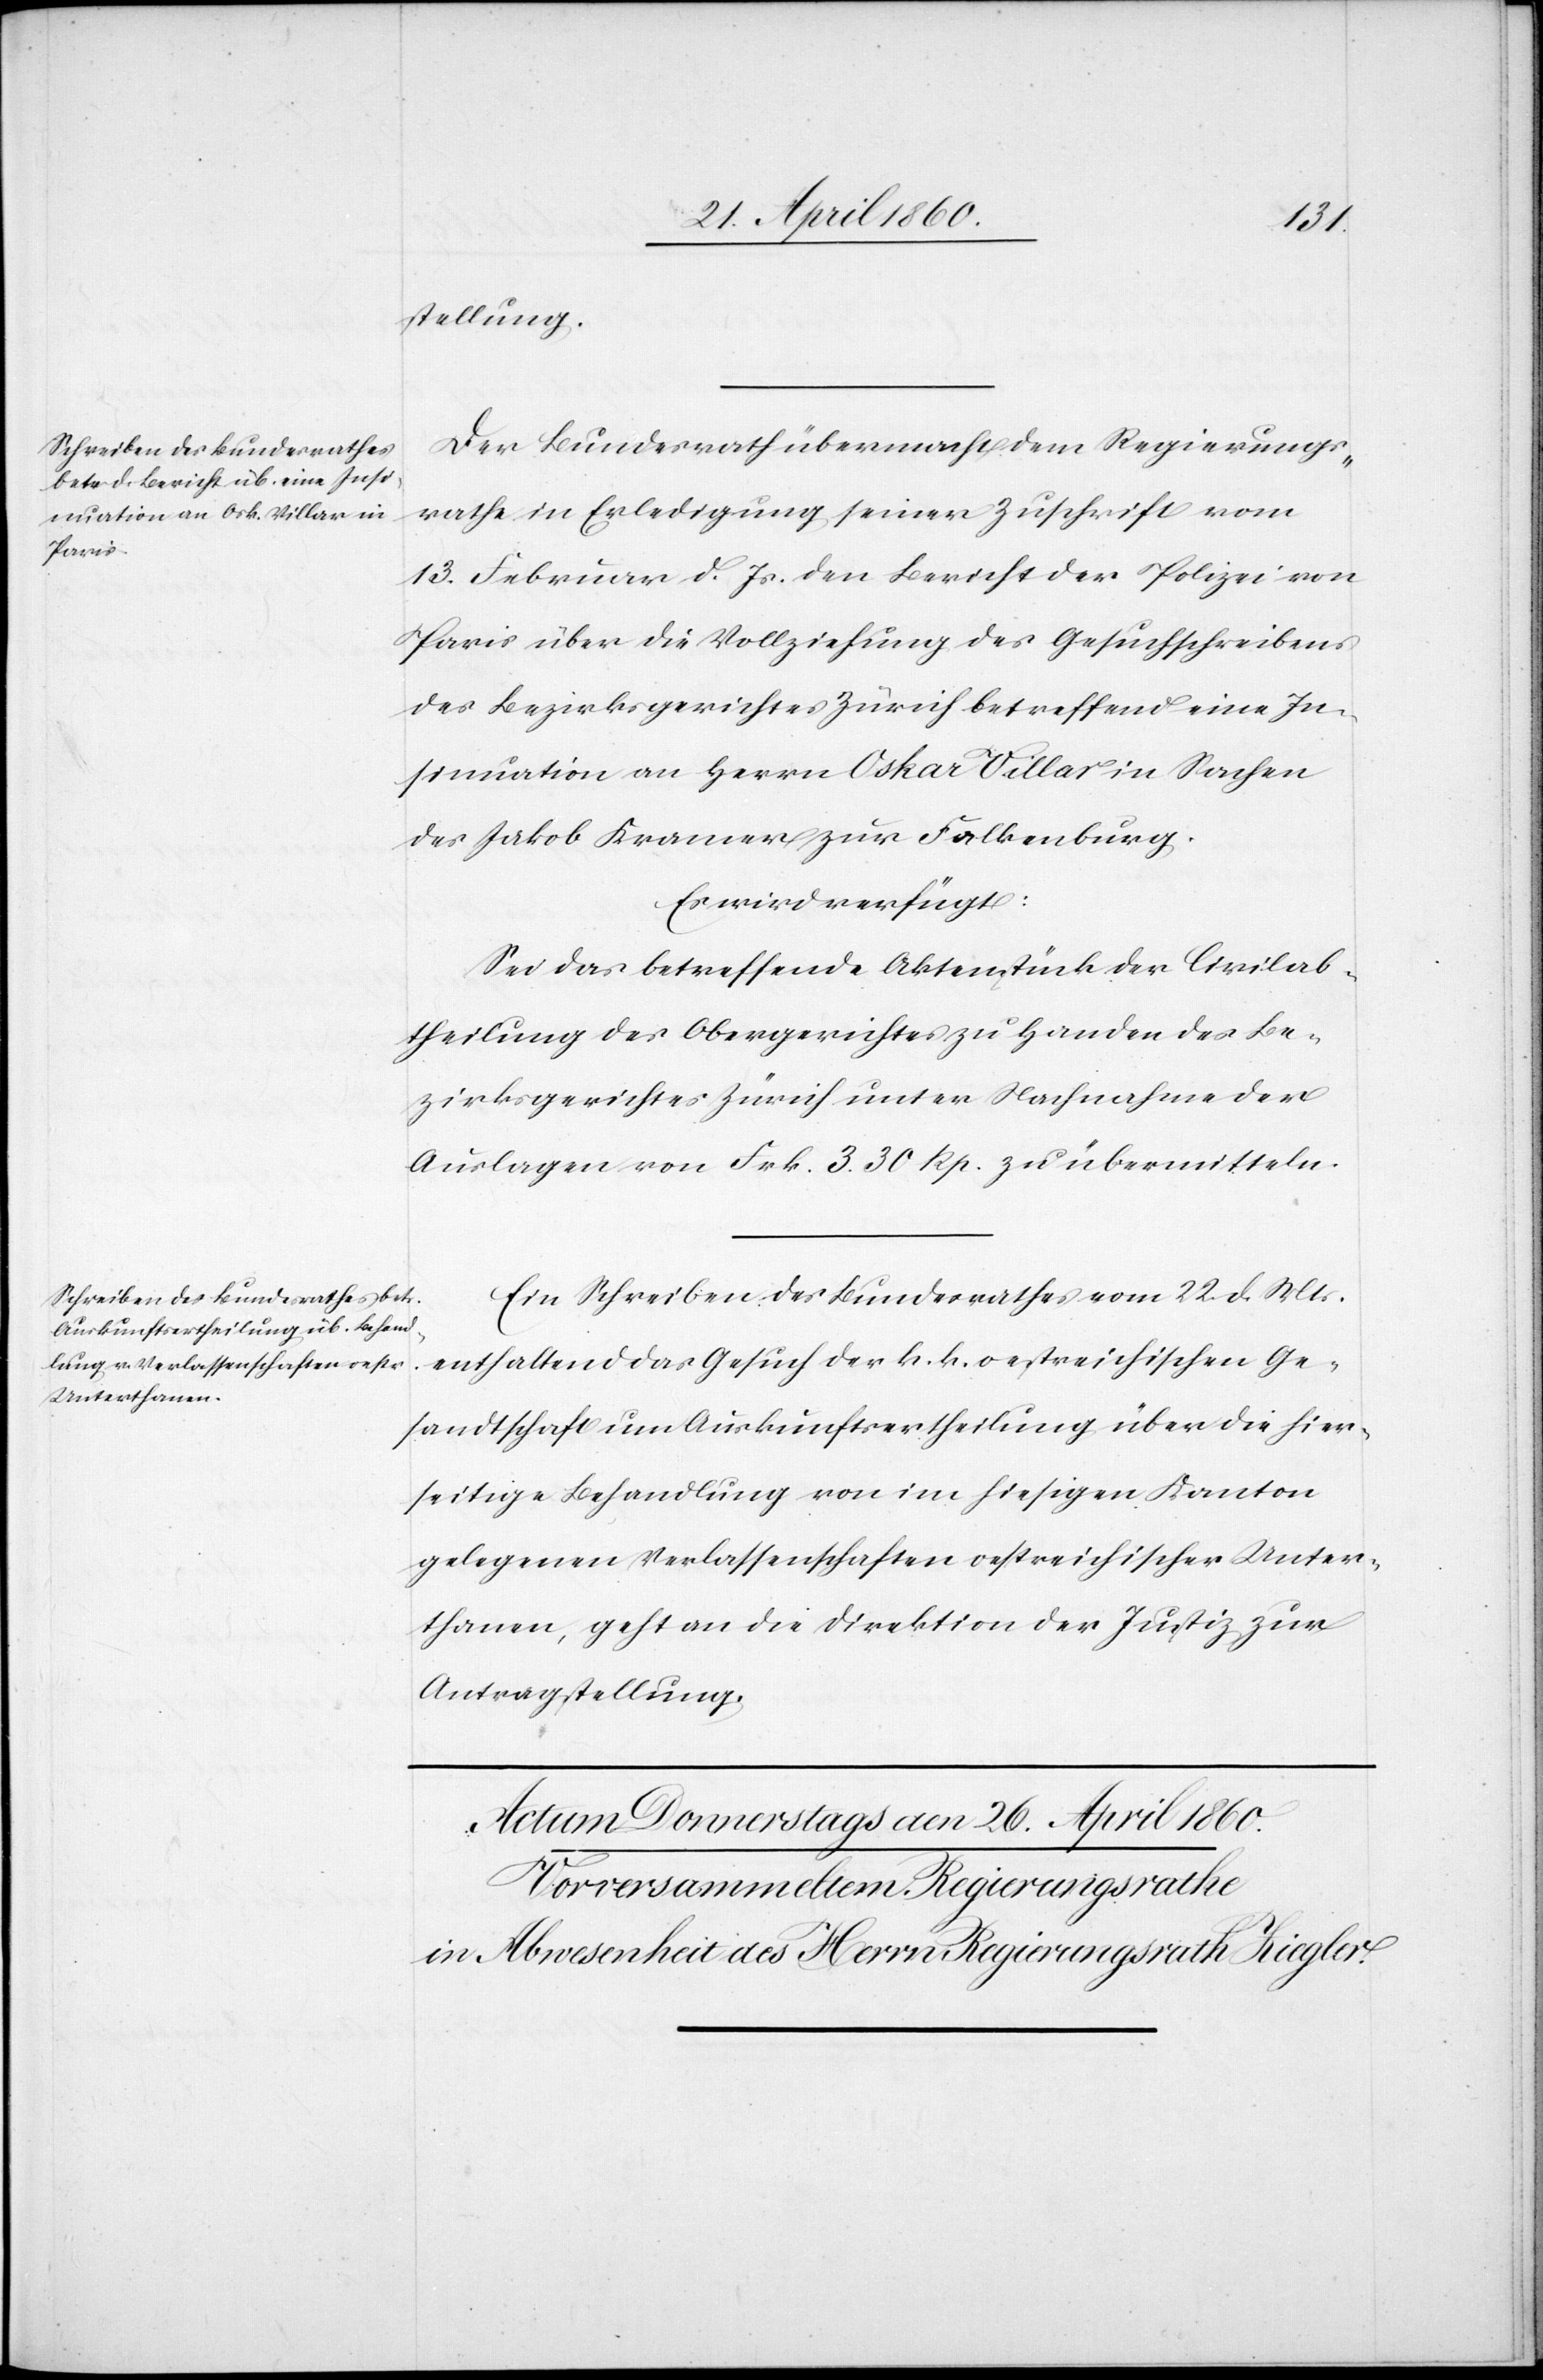
24. April 1860.]
stellung.
Der Bundesrath übermacht dem Regierungs¬
rathe in Erledigung seiner Zuschrift vom
13. Februar d. Js. den Bericht der Polizei von
Paris über die Vollziehung des Gesuchschreibens
des Bezirksgerichtes Zürich betreffend eine In¬
sinuation an Herrn Oskar Villar in Sachen
des Jakob Kramer zur Falkenburg.
Es wird verfügt:
Sei das betreffende Aktenstück der Civilab¬
theilung des Obergerichtes zu Handen des Be¬
zirksgerichtes Zürich unter Nachnahme der
Auslagen von Frk. 3. 30 Rp. zu übermitteln.
Ein Schreiben des Bundesrathes vom 22. d. Mts.
enthaltend das Gesuch der k. k. oestreichischen Ge¬
sandtschaft um Auskunftsertheilung über die hier¬
seitige Behandlung von im hiesigen Kanton
gelegenen Verlassenschaften oestreichischer Unter¬
thanen, geht an die Direktion der Justiz zur
Antragstellung.